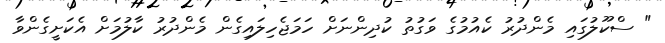
" ސްކޫލުގައި މެންދުރު ކެއުމުގެ ވަގުތު ކުދިންނަށް ހަމަޖެހިލައިގެން މެންދުރު ކާލުމަށް އެކަށީގެންވާ